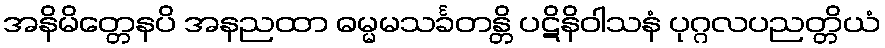
အနိမိတ္တေနပိ အနညထာ ဓမ္မမသင်္ခတန္တိ ပဋိနိဝါသနံ ပုဂ္ဂလပညတ္တိယံ